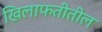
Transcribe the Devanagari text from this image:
खिलाफतीतील